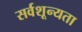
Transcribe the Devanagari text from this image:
सर्वशून्यता